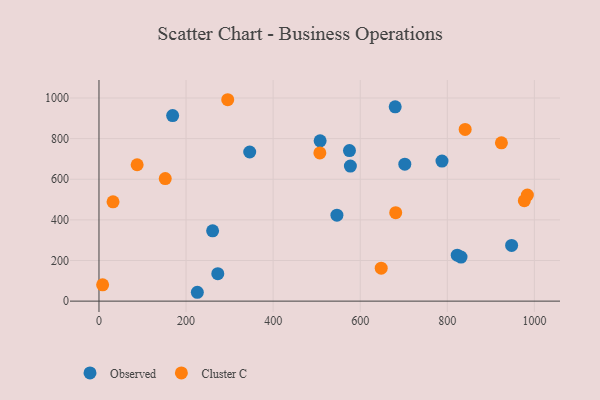
{"axis": {"x": "Investment", "y": "Rating"}, "legend": ["Cluster C", "Observed"], "data": [{"x": "546.5", "y": 423.1, "type": "Observed"}, {"x": "822.8", "y": 226.3, "type": "Observed"}, {"x": "169.2", "y": 913.5, "type": "Observed"}, {"x": "261.0", "y": 346.2, "type": "Observed"}, {"x": "831.5", "y": 216.9, "type": "Observed"}, {"x": "947.7", "y": 274.2, "type": "Observed"}, {"x": "272.9", "y": 135.3, "type": "Observed"}, {"x": "225.9", "y": 43.6, "type": "Observed"}, {"x": "507.9", "y": 789.1, "type": "Observed"}, {"x": "702.4", "y": 674.2, "type": "Observed"}, {"x": "575.3", "y": 741.3, "type": "Observed"}, {"x": "680.3", "y": 956.5, "type": "Observed"}, {"x": "577.4", "y": 665.0, "type": "Observed"}, {"x": "346.2", "y": 734.1, "type": "Observed"}, {"x": "787.8", "y": 689.5, "type": "Observed"}, {"x": "32.3", "y": 489.0, "type": "Cluster C"}, {"x": "983.9", "y": 522.2, "type": "Cluster C"}, {"x": "8.4", "y": 80.2, "type": "Cluster C"}, {"x": "295.7", "y": 991.5, "type": "Cluster C"}, {"x": "841.0", "y": 845.5, "type": "Cluster C"}, {"x": "976.9", "y": 494.6, "type": "Cluster C"}, {"x": "648.2", "y": 162.2, "type": "Cluster C"}, {"x": "152.2", "y": 603.5, "type": "Cluster C"}, {"x": "924.3", "y": 779.2, "type": "Cluster C"}, {"x": "507.3", "y": 729.5, "type": "Cluster C"}, {"x": "681.5", "y": 435.6, "type": "Cluster C"}, {"x": "87.7", "y": 671.5, "type": "Cluster C"}]}